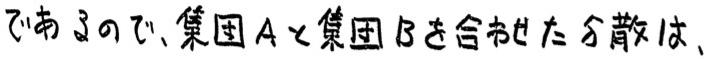
であるので、集団Aと集団Bを合わせた分散は、